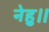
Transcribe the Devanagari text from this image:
नेहु।।